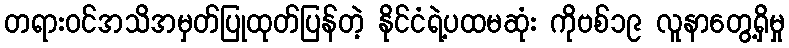
တရားဝင်အသိအမှတ်ပြုထုတ်ပြန်တဲ့ နိုင်ငံရဲ့ပထမဆုံး ကိုဗစ်၁၉ လူနာတွေ့ရှိမှု